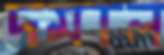
দমাল